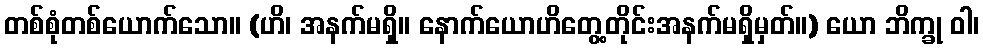
တစ်စုံတစ်ယောက်သော။ (ဟိ၊ အနက်မရှိ။ နောက်ယောဟိတွေ့တိုင်းအနက်မရှိမှတ်။) ယော ဘိက္ခု ဝါ၊